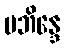
ပဘိန္ဒေ